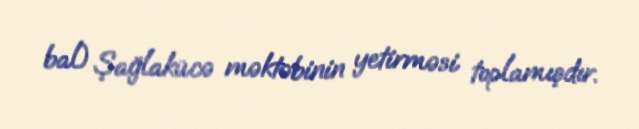
bal) Şağlakücə məktəbinin yetirməsi toplamışdır.